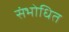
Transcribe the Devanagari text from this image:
संभोधित